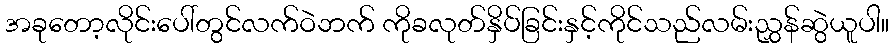
အခုတော့လိုင်းပေါ်တွင်လက်ဝဲဘက် ကိုခလုတ်နှိပ်ခြင်းနှင့်ကိုင်သည်လမ်းညွှန်ဆွဲယူပါ။